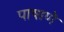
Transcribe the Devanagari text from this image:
पाषाणे